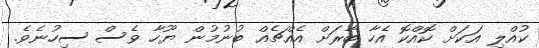
ކުއްލި އަކަށް ކޮއްކޮ އެހާ ބާރަށް އެއްޗެއް ބުނުމުން ޔޫހާ ވެސް ސިހުނެވެ.